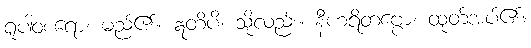
ရူပါဝစရော၊ မည်၏။ ဣတိပိ၊ သို့လည်း။ နီဟရိတဗ္ဗော၊ ထုတ်အပ်၏။